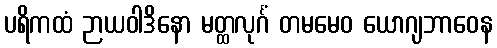
ပရိကထံ ဉာယဝါဒိနော မတ္ထလုင်္ဂံ တမမေဝ ယောဂျဘာဝေန